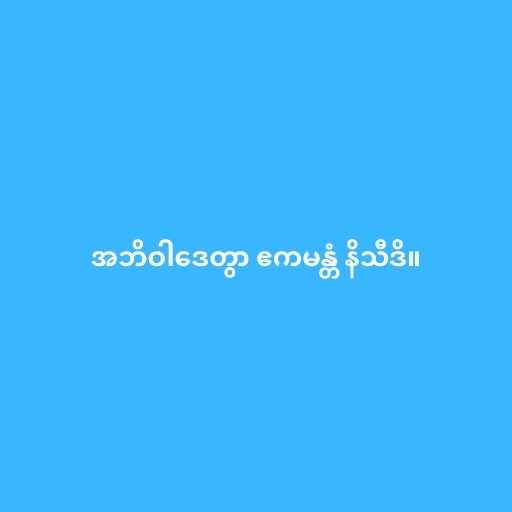
အဘိဝါဒေတွာ ဧကမန္တံ နိသီဒိ။